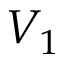
V _ { 1 }